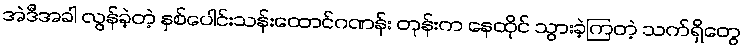
အဲဒီအခါ လွန်ခဲ့တဲ့ နှစ်ပေါင်းသန်းထောင်ဂဏန်း တုန်းက နေထိုင် သွားခဲ့ကြတဲ့ သက်ရှိတွေ